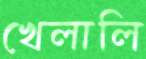
খেলালি